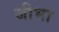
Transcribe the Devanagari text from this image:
जीभा